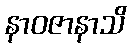
နာဝဇာနာသိ